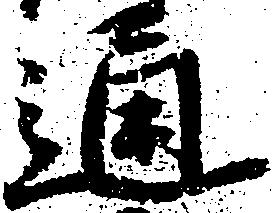
通